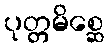
ပုတ္တမိစ္ဆေ